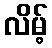
လိမ့်